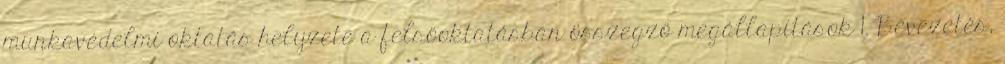
munkavédelmi oktatás helyzete a felsőoktatásban összegző megállapítások 1. Bevezetés,